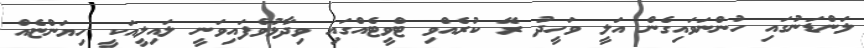
ލަންޑަނުގައި ހުންނަވައިގެން އަލީ ވަހީދު ރޭ ކުރެއްވި ޓްވީޓެއްގައި ވިދާޅުވެފައިވަނީ ލައިލީއަކީ ހިޔަންޏެއް